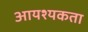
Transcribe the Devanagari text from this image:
आयश्यकता